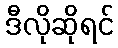
ဒီလိုဆိုရင်